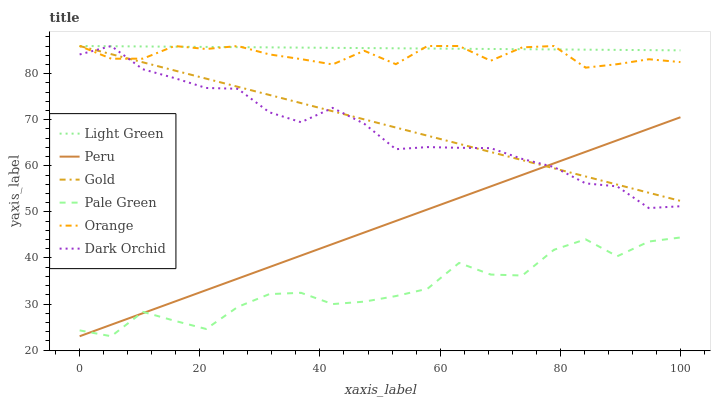
| xaxis_label | Light Green | Peru | Gold | Pale Green | Orange | Dark Orchid |
 | --- | --- | --- | --- | --- | --- | --- |
 | 0 | 86 | 23 | 86 | 24.3 | 86 | 84.2 |
 | 5.26 | 86 | 25.5 | 84.2 | 23 | 83.2 | 86 |
 | 10.5 | 85.9 | 28 | 82.5 | 28.3 | 83.3 | 81 |
 | 15.8 | 85.9 | 30.5 | 80.7 | 26.4 | 86 | 79 |
 | 21.1 | 85.8 | 33 | 78.9 | 24.6 | 85.4 | 76.9 |
 | 26.3 | 85.8 | 35.5 | 77.2 | 29.4 | 86 | 76.7 |
 | 31.6 | 85.7 | 38 | 75.4 | 32.1 | 84.2 | 71.6 |
 | 36.8 | 85.7 | 40.5 | 73.6 | 32.4 | 83.2 | 69.5 |
 | 42.1 | 85.6 | 43 | 71.8 | 30 | 82 | 72.6 |
 | 47.4 | 85.6 | 45.5 | 70.1 | 30.5 | 85 | 69.1 |
 | 52.6 | 85.5 | 48 | 68.3 | 31.7 | 82.1 | 63.6 |
 | 57.9 | 85.5 | 50.5 | 66.5 | 33.3 | 86 | 64.1 |
 | 63.2 | 85.4 | 53 | 64.8 | 38.9 | 86 | 63.9 |
 | 68.4 | 85.4 | 55.5 | 63 | 36.4 | 82.8 | 63.8 |
 | 73.7 | 85.3 | 58 | 61.2 | 36.2 | 85.7 | 61.5 |
 | 78.9 | 85.3 | 60.5 | 59.5 | 41.8 | 86 | 59.7 |
 | 84.2 | 85.2 | 63 | 57.7 | 44 | 81.3 | 56.2 |
 | 89.5 | 85.2 | 65.5 | 55.9 | 40.4 | 82.1 | 55.5 |
 | 94.7 | 85.1 | 68 | 54.1 | 43.6 | 83.1 | 50.8 |
 | 100 | 85.1 | 70.5 | 52.4 | 44.4 | 82.5 | 51.2 |